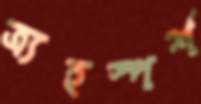
ত্র্যহস্পর্শ